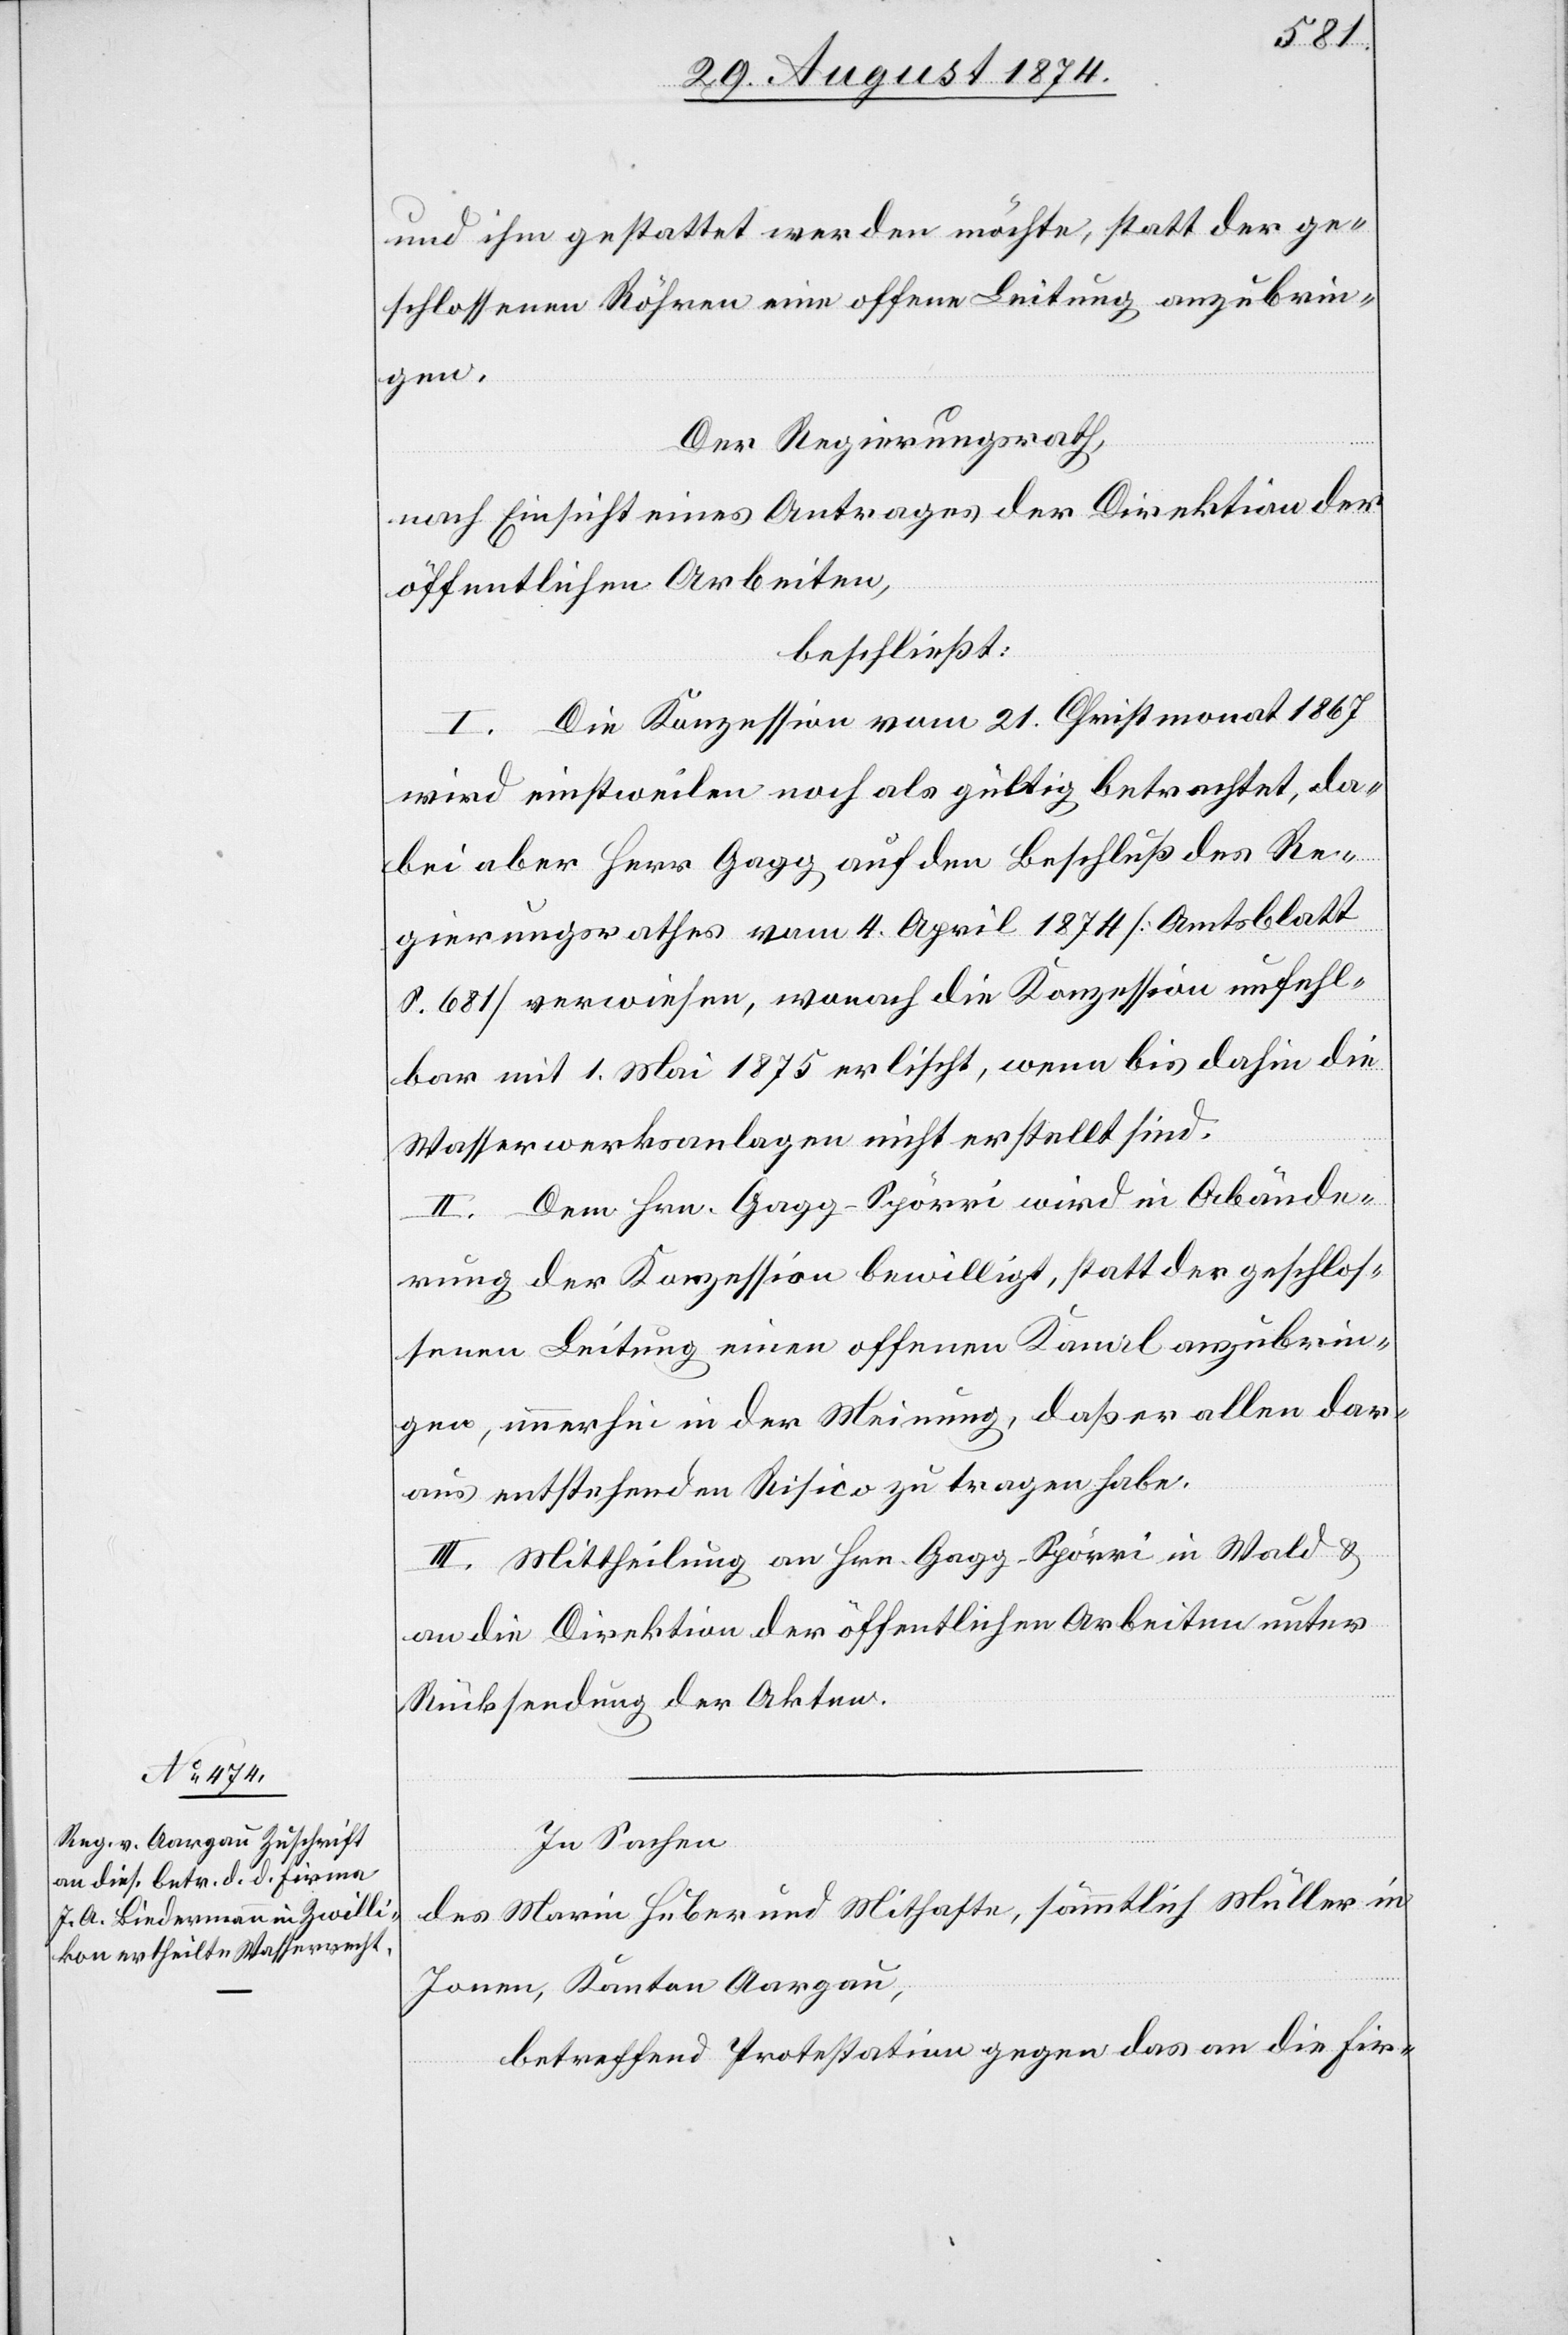
und ihm gestattet werden möchte, statt der ge¬
schlossenen Röhren eine offene Leitung anzubrin¬
gen.
Der Regierungsrath,
nach Einsicht eines Antrages der Direktion der
öffentlichen Arbeiten,
beschließt:
I. Die Konzession vom 21. Christmonat 1867
wird einstweilen noch als gültig betrachtet, da¬
bei aber Herr Gagg auf den Beschluß des Re¬
gierungsrathes vom 4. April 1874 [Amtsblatt
S. 681] verwiesen, wonach die Konzession unfehl¬
bar mit 1. Mai 1875 erlischt, wenn bis dahin die
Wasserwerksanlagen nicht erstellt sind.
II. Dem Hrn. Gagg-Spörri wird in Abände¬
rung der Konzession bewilligt, statt der geschlos¬
senen Leitung einen offenen Kanal anzubrin¬
gen, immerhin in der Meinung, daß er allen dar¬
aus entstehenden Risico zu tragen habe.
III. Mittheilung an Hrn. Gagg-Spörri in Wald u.
an die Direktion der öffentlichen Arbeiten unter
Rücksendung der Akten.
In Sachen
des Marin Huber und Mithafte, sämmtlich Müller in
Jonen, Kanton Aargau,
betreffend Protestation gegen das an die Fir-